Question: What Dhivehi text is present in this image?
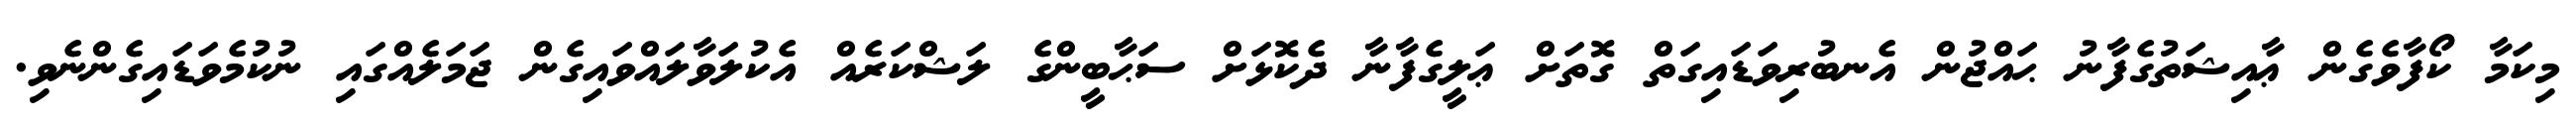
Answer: މިކަމާ ކޯފާވެގެން ޢާއިޝަތުގެފާނު ޙައްޖުން އެނބުރިވަޑައިގަތް ގޮތަށް ޢަލީގެފާނާ ދެކޮޅަށް ސަޙާބީންގެ ލަޝްކަރެއް އެކުލަވާލައްވައިގެން ޖަމަލެއްގައި ނުކުމެވަޑައިގެންނެވި.